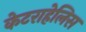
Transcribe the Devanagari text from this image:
केटराहेलिस